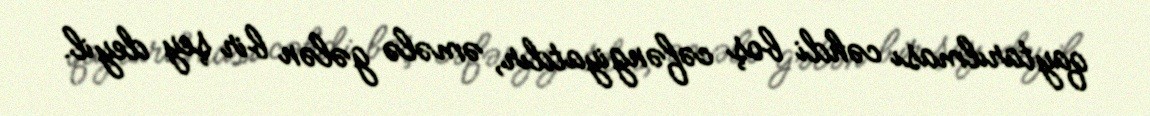
qaytarılması cəhdi boş cəfəngiyatdır, əmələ gələn bir şey deyil.